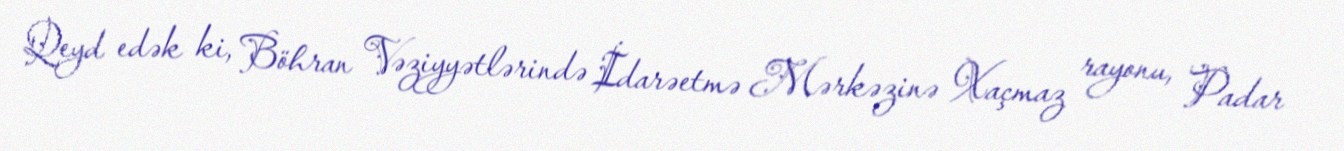
Qeyd edək ki, Böhran Vəziyyətlərində İdarəetmə Mərkəzinə Xaçmaz rayonu, Padar